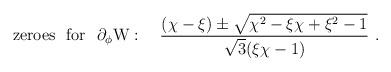
LaTeX: \begin{align*}{\rm zeroes\ \ for \ \ \partial_\phi W}: \quad {{(\chi-\xi)\pm \sqrt{\chi^2-\xi\chi+\xi^2-1}} \over{\sqrt{3}(\xi\chi-1)}} \ .\end{align*}